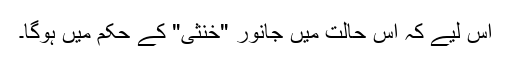
اس لیے کہ اس حالت میں جانور "خنثیٰ" کے حکم میں ہوگا۔